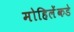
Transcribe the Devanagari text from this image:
मोहिलेंकडे